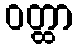
ဝတ္ထာ